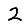
Digit: 2